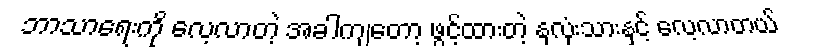
ဘာသာရေးကို လေ့လာတဲ့ အခါကျတော့ ဖွင့်ထားတဲ့ နှလုံးသားနှင့် လေ့လာတယ်